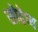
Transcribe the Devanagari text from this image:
सोद्देष्य